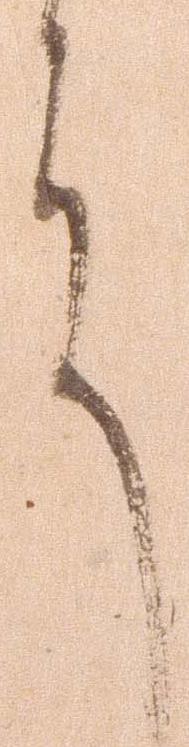
言